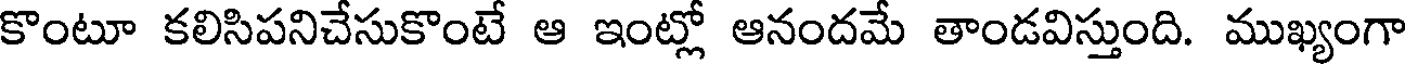
కొంటూ కలిసిపనిచేసుకొంటే ఆ ఇంట్లో ఆనందమే తాండవిస్తుంది. ముఖ్యంగా